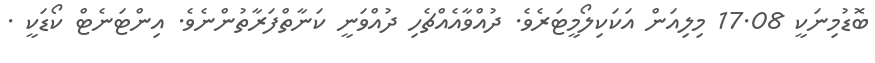
ބޮޑުމިނަކީ 17.08 މިލިއަން އަކަކިލޯމީޓަރެވެ. ދުއްވާއެއްޗެހި ދުއްވަނީ ކަނާތްފަރާތުންނެވެ. އިންޓަނެޓް ކޯޑަކީ .